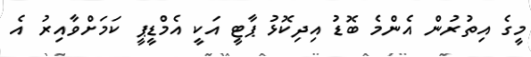
މީގެ އިތުރުން އެންމެ ބޮޑު އިދިކޮޅު ޕާޓީ އަކީ އެމްޑީޕީ ކަމަށްވާއިރު އެ